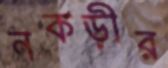
নকড়ীর